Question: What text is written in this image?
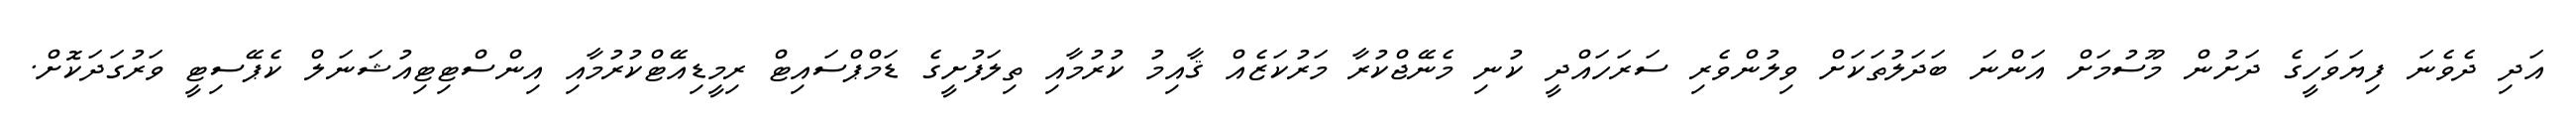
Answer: އަދި ދެވެނަ ފިޔަވަހީގެ ދަށުން މޫސުމަށް އަންނަ ބަދަލުތަކަށް ވިލުންވެރި ސަރަހައްދީ ކުނި މެނޭޖްކުރާ މަރުކަޒެއް ޤާއިމު ކުރުމާއި ތިލަފުށީގެ ޑަމްޕްސައިޓް ރިމީޑިއޭޓްކުރުމާއި އިންސްޓިޓިއުޝަނަލް ކެޕޭސިޓީ ވަރުގަދަކޮށް.